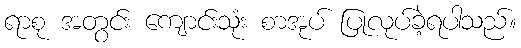
ရာစု အတွင်း ကျောင်းသုံး စာအုပ် ပြုလုပ်ခဲ့ရပါသည်။